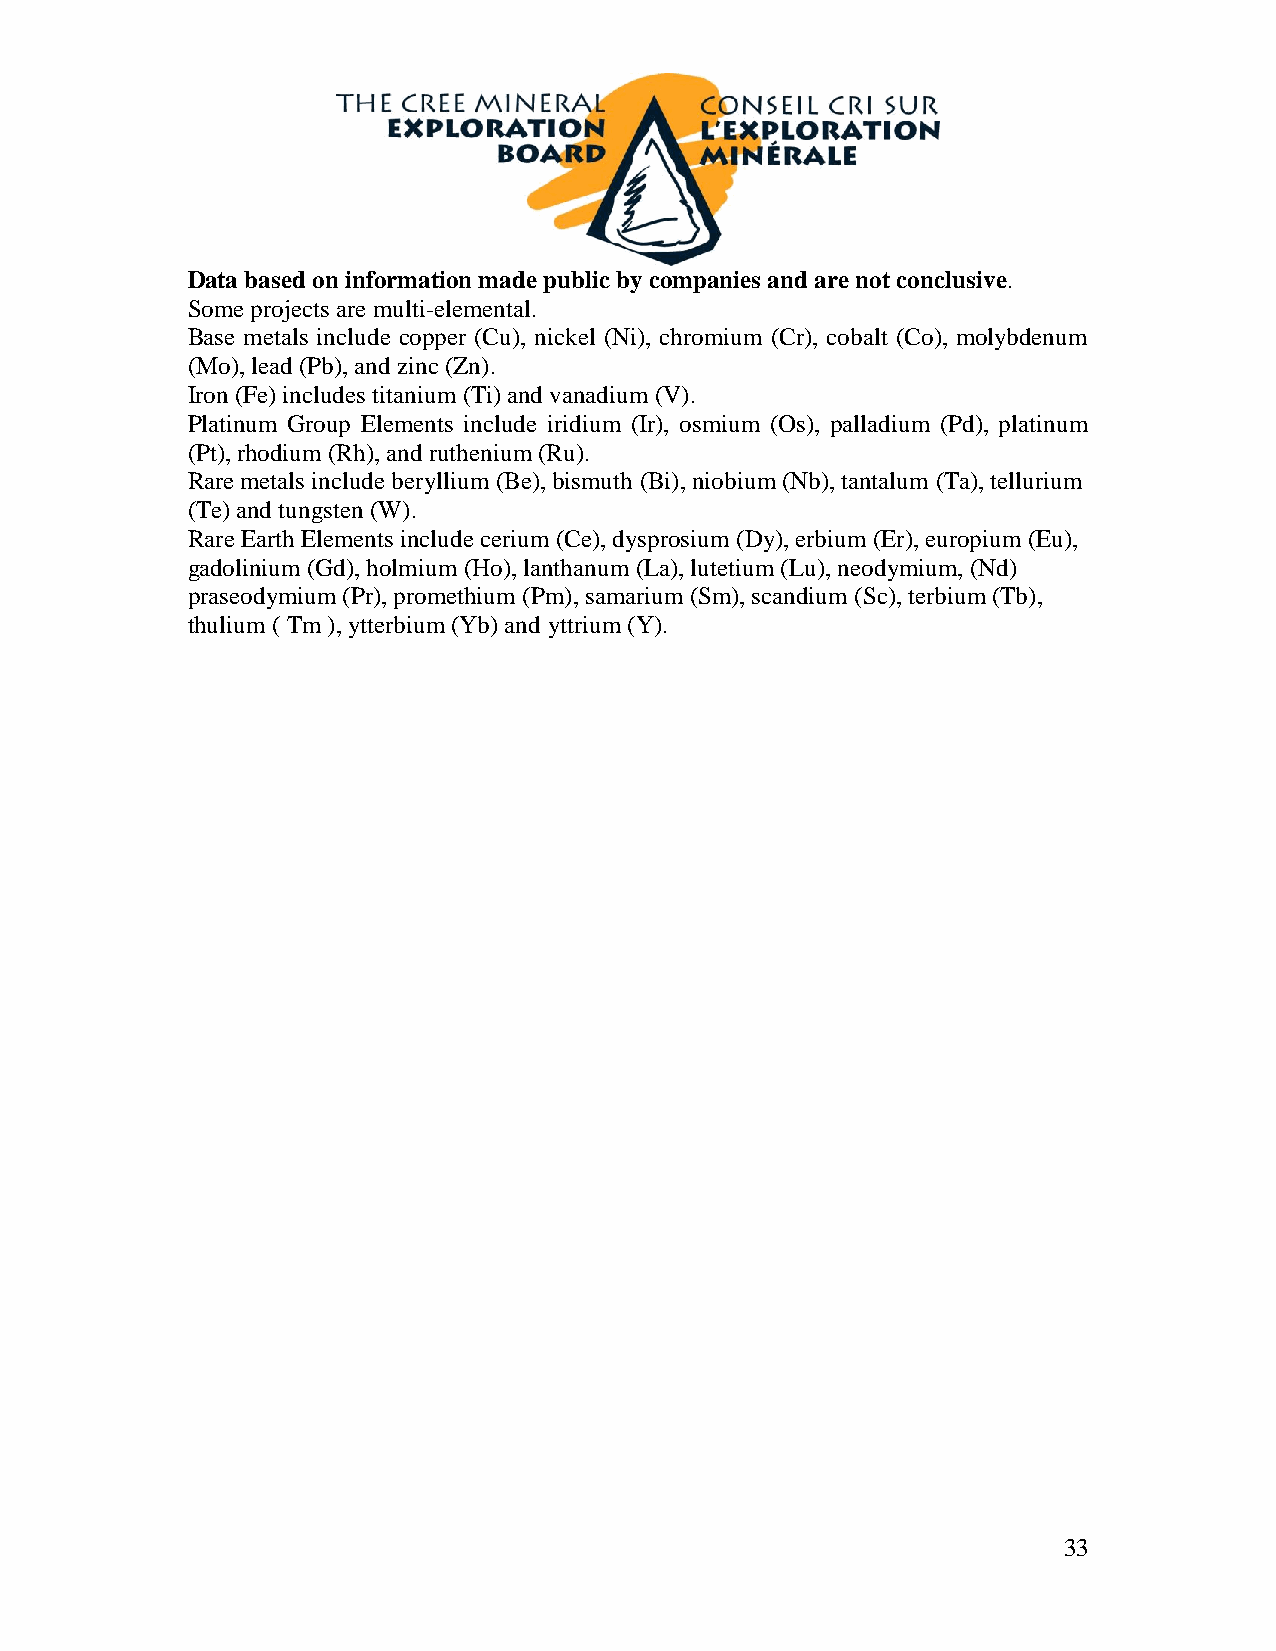
Data based on information made public by companies and are not conclusive.
 Some projects are multi-elemental.
 Base metals include copper (Cu), nickel (Ni), chromium (Cr), cobalt (Co), molybdenum
 (Mo), lead (Pb), and zinc (Zn).
 Iron (Fe) includes titanium (Ti) and vanadium (V).
 Platinum Group Elements include iridium (Ir), osmium (Os), palladium (Pd), platinum
 (Pt), rhodium (Rh), and ruthenium (Ru).
 Rare metals include beryllium (Be), bismuth (Bi), niobium (Nb), tantalum (Ta), tellurium
 (Te) and tungsten (W).
 Rare Earth Elements include cerium (Ce), dysprosium (Dy), erbium (Er), europium (Eu),
 gadolinium (Gd), holmium (Ho), lanthanum (La), lutetium (Lu), neodymium, (Nd)
 praseodymium (Pr), promethium (Pm), samarium (Sm), scandium (Sc), terbium (Tb),
 thulium ( Tm ), ytterbium (Yb) and yttrium (Y).
 33